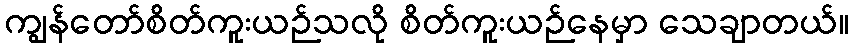
ကျွန်တော်စိတ်ကူးယဉ်သလို စိတ်ကူးယဉ်နေမှာ သေချာတယ်။